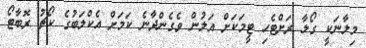
މިލާނަކީ ގޯލާ ރަށްޓެހި ޓީމަކަށް އަލުން ވެގެންދާނެ ކަމަށް އެކްލަބުގެ ކޯޗު ރޮބާޓޯ